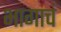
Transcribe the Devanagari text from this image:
भागाचं